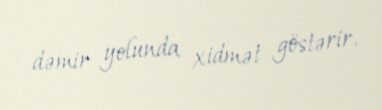
dəmir yolunda xidmət göstərir.